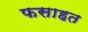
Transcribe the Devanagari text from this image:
फसाहत